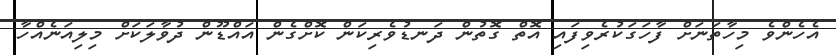
އެހެންވެ މިހާތަނަށް ފާހަގަކުރެވިފައި އޮތް ގޮތުން ދަނޑުވެރިކަން ކޮށްގެން އައްޑޫން ދުވާލަކަށް މިލިއަނެއްހާ